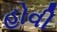
હોવી